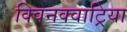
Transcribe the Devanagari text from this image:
क्विनक्वाट्रिया